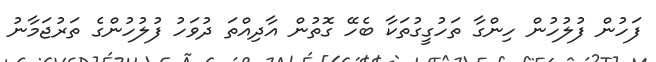
ފަހުން ފުލުހުން ހިންގާ ތަހުގީގުތަކާ ބެހޭ ގޮތުން އާދިއްތަ ދުވަހު ފުލުހުންގެ ތަރުޖަމާނު